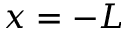
x = - L